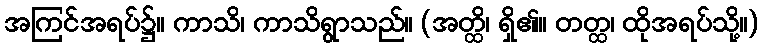
အကြင်အရပ်၌။ ကာသိ၊ ကာသိရွာသည်။ (အတ္ထိ၊ ရှိ၏။ တတ္ထ၊ ထိုအရပ်သို့။)